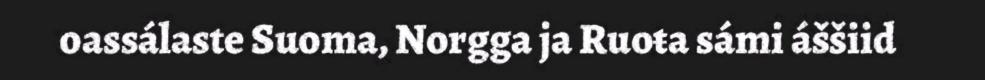
oassálaste Suoma, Norgga ja Ruoŧa sámi áššiid